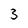
Character: 3